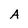
Character: A